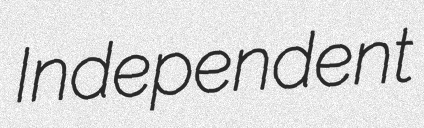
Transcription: Independent